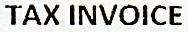
TAX INVOICE